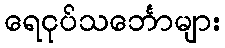
ရေငုပ်သင်္ဘောများ